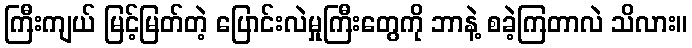
ကြီးကျယ် မြင့်မြတ်တဲ့ ပြောင်းလဲမှုကြီးတွေကို ဘာနဲ့ စခဲ့ကြတာလဲ သိလား။